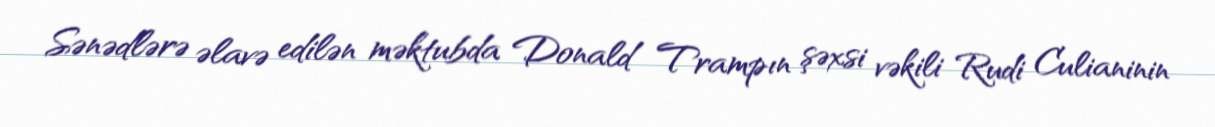
Sənədlərə əlavə edilən məktubda Donald Trampın şəxsi vəkili Rudi Culianinin